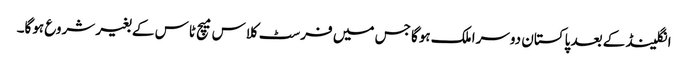
انگلینڈ کے بعد پاکستان دوسرا ملک ہوگا جس میں فرسٹ کلاس میچ ٹاس کے بغیر شروع ہوگا۔